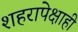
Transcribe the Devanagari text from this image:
शहरापेक्षाही